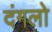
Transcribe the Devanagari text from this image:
दंगलो